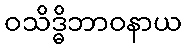
ဝသိဒ္ဓိဘာဝနာယ